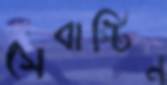
সেবাস্টিন